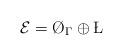
LaTeX: \begin{align*}\mathcal E=\O_{\Gamma}\oplus \L\end{align*}